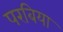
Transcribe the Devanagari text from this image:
परबिया